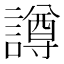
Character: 譐